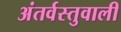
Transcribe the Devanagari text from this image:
अंतर्वस्तुवाली